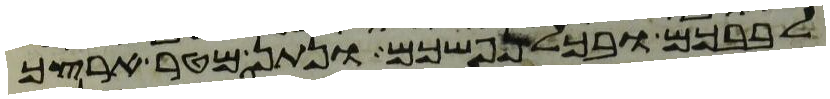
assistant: לבבכם ובכל נפשכם ונתן מטר ארצך